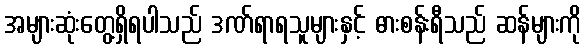
အများဆုံးတွေ့ရှိရပါသည် ဒဏ်ရာရသူများနှင့် ဓားစန်းရီသည် ဆန်များကို